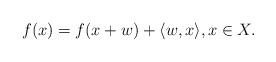
LaTeX: \begin{align*}f(x)=f(x+w)+\langle w,x\rangle,x\in X. \end{align*}